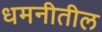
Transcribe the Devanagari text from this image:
धमनीतील